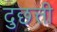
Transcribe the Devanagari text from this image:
दुछत्ती